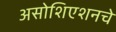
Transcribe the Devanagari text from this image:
असोशिएशनचे